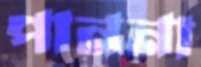
পাননা